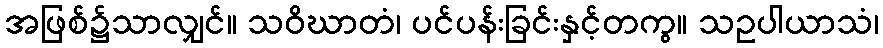
အဖြစ်၌သာလျှင်။ သဝိဃာတံ၊ ပင်ပန်းခြင်းနှင့်တကွ။ သဥပါယာသံ၊